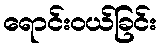
ရောင်းဝယ်ခြင်း